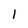
Character: I